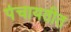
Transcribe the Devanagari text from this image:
पंचायतीत